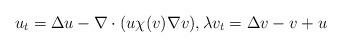
LaTeX: \begin{align*} u_t = \Delta u -\nabla \cdot (u \chi(v)\nabla v), \lambda v_t = \Delta v -v+u \end{align*}